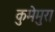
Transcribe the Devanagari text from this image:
कुमेमुरा